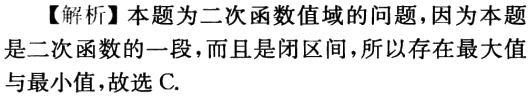
【解析】本题为二次函数值域的问题，因为本题是二次函数的一段，而且是闭区间，所以存在最大值与最小值，故选C.